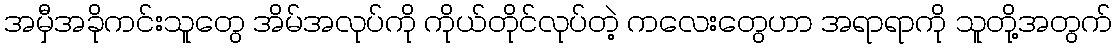
အမှီအခိုကင်းသူတွေ အိမ်အလုပ်ကို ကိုယ်တိုင်လုပ်တဲ့ ကလေးတွေဟာ အရာရာကို သူတို့အတွက်